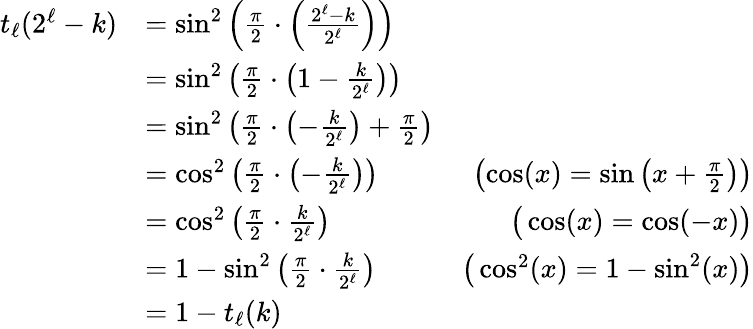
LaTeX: \begin{array}{rlr}{t_{\ell}(2^{\ell}-k)}&{=\sin^{2}\left(\frac{\pi}{2}\cdot\left(\frac{2^{\ell}-k}{2^{\ell}}\right)\right)}\\ &{=\sin^{2}\left(\frac{\pi}{2}\cdot\left(1-\frac{k}{2^{\ell}}\right)\right)}\\ &{=\sin^{2}\left(\frac{\pi}{2}\cdot\left(-\frac{k}{2^{\ell}}\right)+\frac{\pi}{2}\right)}\\ &{=\cos^{2}\left(\frac{\pi}{2}\cdot\left(-\frac{k}{2^{\ell}}\right)\right)}&{\left(\cos(x)=\sin\left(x+\frac{\pi}{2}\right)\right)}\\ &{=\cos^{2}\left(\frac{\pi}{2}\cdot\frac{k}{2^{\ell}}\right)}&{\big(\cos(x)=\cos(-x)\big)}\\ &{=1-\sin^{2}\left(\frac{\pi}{2}\cdot\frac{k}{2^{\ell}}\right)}&{\big(\cos^{2}(x)=1-\sin^{2}(x)\big)}\\ &{=1-t_{\ell}(k)}\end{array}